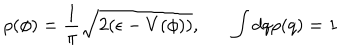
LaTeX: \rho ( \phi ) = \frac { 1 } { \pi } \sqrt { 2 ( \epsilon - V ( \phi ) ) } , \int d q \rho ( q ) = 1